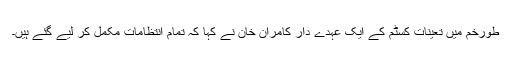
طورخم میں تعینات کسٹم کے ایک عہدے دار کامران خان نے کہا کہ تمام انتظامات مکمل کر لیے گئے ہیں۔